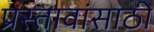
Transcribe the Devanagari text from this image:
प्रस्तावांसाठी